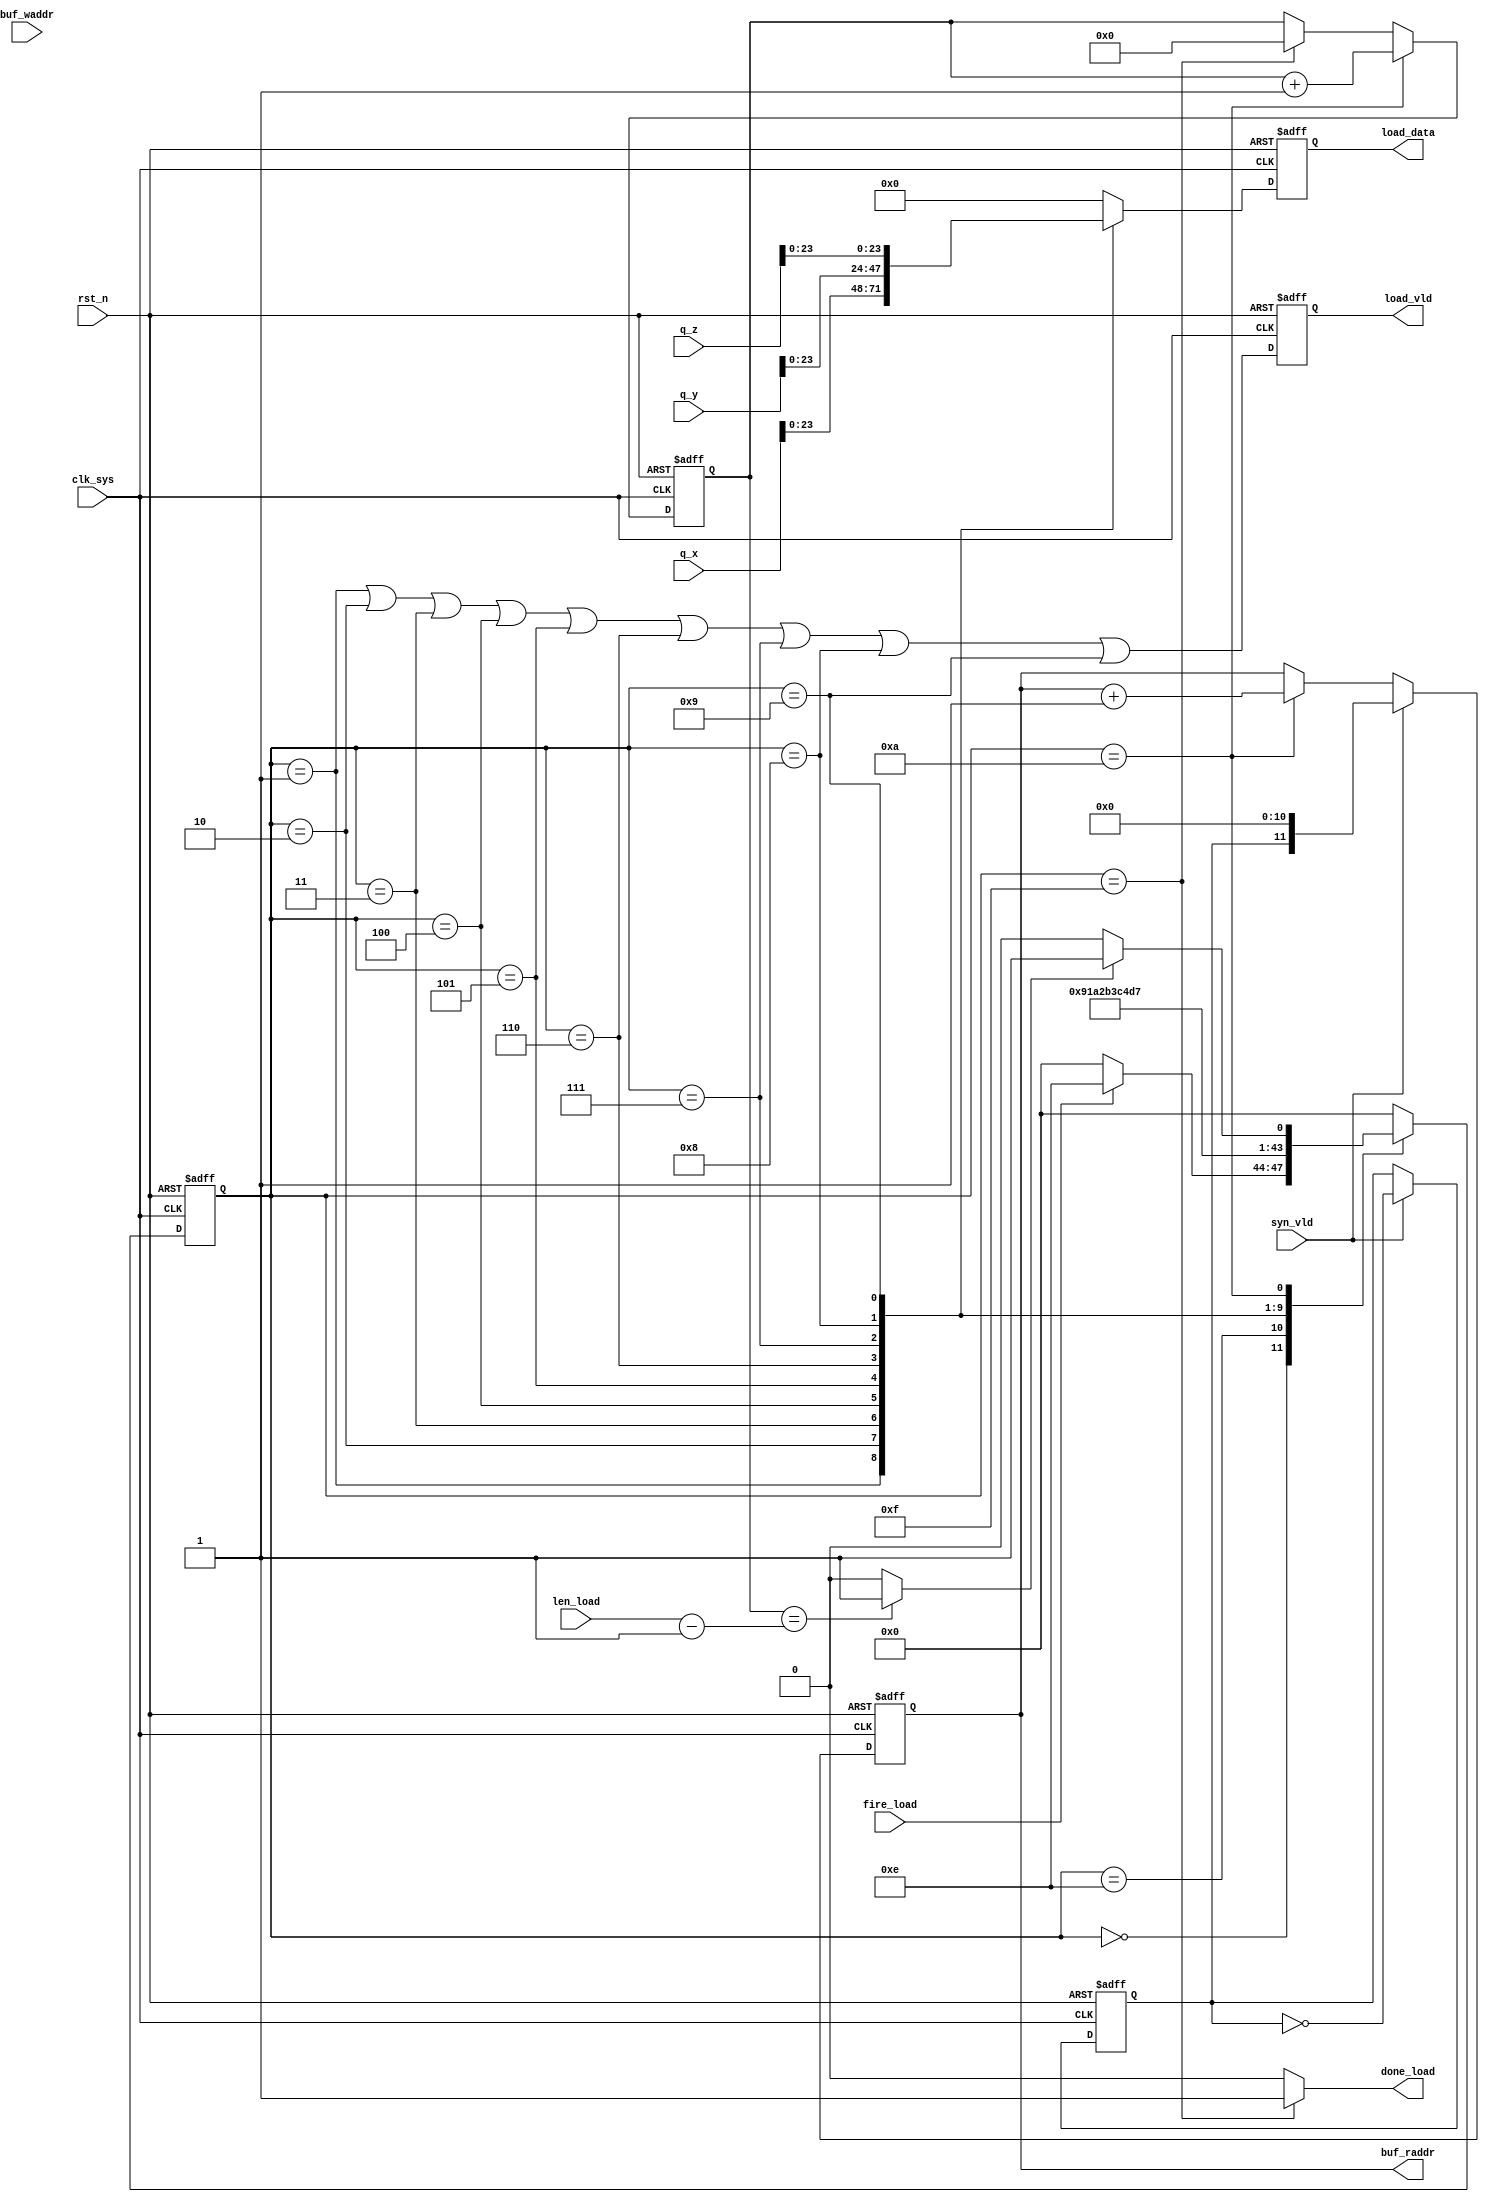
//pack_load.v


module pack_load(
fire_load,
done_load,
//data path
load_data,
load_vld,
buf_waddr,
buf_raddr,
q_x,
q_y,
q_z,
//configuration
len_load,
//clk rst
syn_vld,
clk_sys,
rst_n
);
input		fire_load;
output	done_load;
//data path
output [7:0]	load_data;
output				load_vld;
input  [11:0]	buf_waddr;
output [11:0]	buf_raddr;
input  [31:0]	q_x;
input  [31:0]	q_y;
input  [31:0]	q_z;
//configuration
input [11:0]	len_load;
//clk rst
input syn_vld;
input clk_sys;
input rst_n;
//---------------------------------------
//---------------------------------------




//------------ main FSM ----------
parameter S_IDLE = 4'h0;
parameter S_PREP = 4'he; 
parameter S_X1 = 4'h1;
parameter S_X2 = 4'h2;
parameter S_X3 = 4'h3;
parameter S_Y1 = 4'h4;
parameter S_Y2 = 4'h5;
parameter S_Y3 = 4'h6;
parameter S_Z1 = 4'h7;
parameter S_Z2 = 4'h8;
parameter S_Z3 = 4'h9;
parameter S_CHECK = 4'ha;
parameter S_DONE = 4'hf;
reg [3:0] st_pack_load;
wire finish_load;
always @(posedge clk_sys or negedge rst_n)	begin
	if(~rst_n)
		st_pack_load <= S_IDLE;
	else begin
		case(st_pack_load)
			S_IDLE : st_pack_load <= fire_load ? S_PREP : S_IDLE;
			S_PREP : st_pack_load <= S_X1;
			S_X1 : st_pack_load <= S_X2;
			S_X2 : st_pack_load <= S_X3;
			S_X3 : st_pack_load <= S_Y1;
			S_Y1 : st_pack_load <= S_Y2;
			S_Y2 : st_pack_load <= S_Y3;
			S_Y3 : st_pack_load <= S_Z1;
			S_Z1 : st_pack_load <= S_Z2;
			S_Z2 : st_pack_load <= S_Z3;
			S_Z3 : st_pack_load <= S_CHECK;
			S_CHECK : st_pack_load <= finish_load ? S_DONE : S_PREP;
			S_DONE :  st_pack_load <= S_IDLE;
			default : st_pack_load <= S_IDLE;
		endcase
	end
end


//--------- FSM cnt_load and finish_load---------


reg [11:0] cnt_load;
always @ (posedge clk_sys or negedge rst_n)	begin
	if(~rst_n)
		cnt_load <= 12'h0;
	else if(st_pack_load == S_CHECK)
		cnt_load <= cnt_load + 12'h1;
	else if(st_pack_load == S_DONE)
		cnt_load <= 12'h0;
	else ;
end

assign finish_load = (cnt_load == (len_load - 12'h1)) ? 1'b1 : 1'b0;


//------------ control signal ------------
wire done_load;
assign done_load = (st_pack_load == S_DONE) ? 1'b1 : 1'b0;

	
//------------- read address ------------
wire addr_ov;
assign addr_ov = (buf_waddr >= len_load) ? 1'b0 : 1'b1;

/*
reg [11:0]	buf_raddr;
always @ (posedge clk_sys or negedge rst_n)	begin
	if(~rst_n)
		buf_raddr <= 12'h0;
	else begin
		if(st_pack_load == S_IDLE)
			buf_raddr <= addr_ov ? 	(buf_waddr + 12'd4000 - len_load) : 
															(buf_waddr - len_load) ;
		else if(st_pack_load == S_CHECK)	begin
			if(buf_raddr == 12'd3999)
				buf_raddr <= 12'h0;
			else 
				buf_raddr <= buf_raddr + 12'h1;
		end
		else ;
	end
end
*/
// only handle 2000 sample rate
reg rhit_chip;
always @ (posedge clk_sys or negedge rst_n)	begin
	if(~rst_n)
		rhit_chip <= 1'b1;
	else if(syn_vld)
		rhit_chip <= ~rhit_chip;
	else ;
end
reg [11:0]	buf_raddr;
always @ (posedge clk_sys or negedge rst_n)	begin
	if(~rst_n)
		buf_raddr <= 12'h0;
	else if(syn_vld)
		buf_raddr <= {rhit_chip,11'b0};
	else if(st_pack_load == S_CHECK)	
		buf_raddr <= buf_raddr + 12'h1;
	else ;
end


//----------- load data output --------
wire now_send = (st_pack_load == S_X1) | (st_pack_load == S_X2) |
								(st_pack_load == S_X3) | (st_pack_load == S_Y1) |
								(st_pack_load == S_Y2) | (st_pack_load == S_Y3) |
								(st_pack_load == S_Z1) | (st_pack_load == S_Z2) |
								(st_pack_load == S_Z3) ;
reg [7:0] 	load_data;
reg 				load_vld;
always @ (posedge clk_sys or negedge rst_n)	begin
	if(~rst_n)
		load_vld <= 1'b0;
	else 
		load_vld <= now_send;
end
always @ (posedge clk_sys or negedge rst_n)	begin
	if(~rst_n)
		load_data <= 8'h0;
	else begin
		case(st_pack_load)
			S_X1 : load_data <= q_x[23:16];
			S_X2 : load_data <= q_x[15:8];
			S_X3 : load_data <= q_x[7:0];
			S_Y1 : load_data <= q_y[23:16];
			S_Y2 : load_data <= q_y[15:8];
			S_Y3 : load_data <= q_y[7:0];
			S_Z1 : load_data <= q_z[23:16];
			S_Z2 : load_data <= q_z[15:8];
			S_Z3 : load_data <= q_z[7:0];
			default : load_data <= 8'h0;
		endcase
	end
end


endmodule